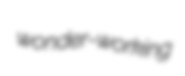
wonder-working